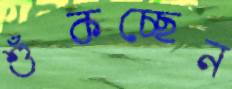
শুঁকচ্ছেন